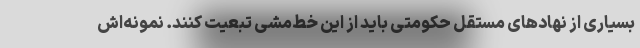
بسیاری از نهادهای مستقل حکومتی باید از این خط‌مشی تبعیت کنند. نمونه‌اش